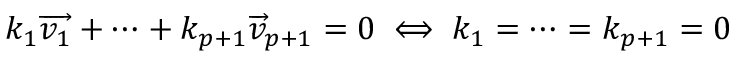
k _ { 1 } { \overrightarrow { v _ { 1 } } } + \dots + k _ { p + 1 } { \overrightarrow { v } } _ { p + 1 } = 0 \iff k _ { 1 } = \dots = k _ { p + 1 } = 0